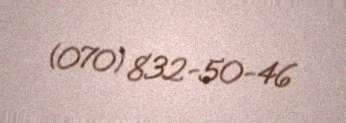
(070) 832-50-46